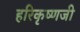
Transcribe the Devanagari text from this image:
हरिकृष्णजी